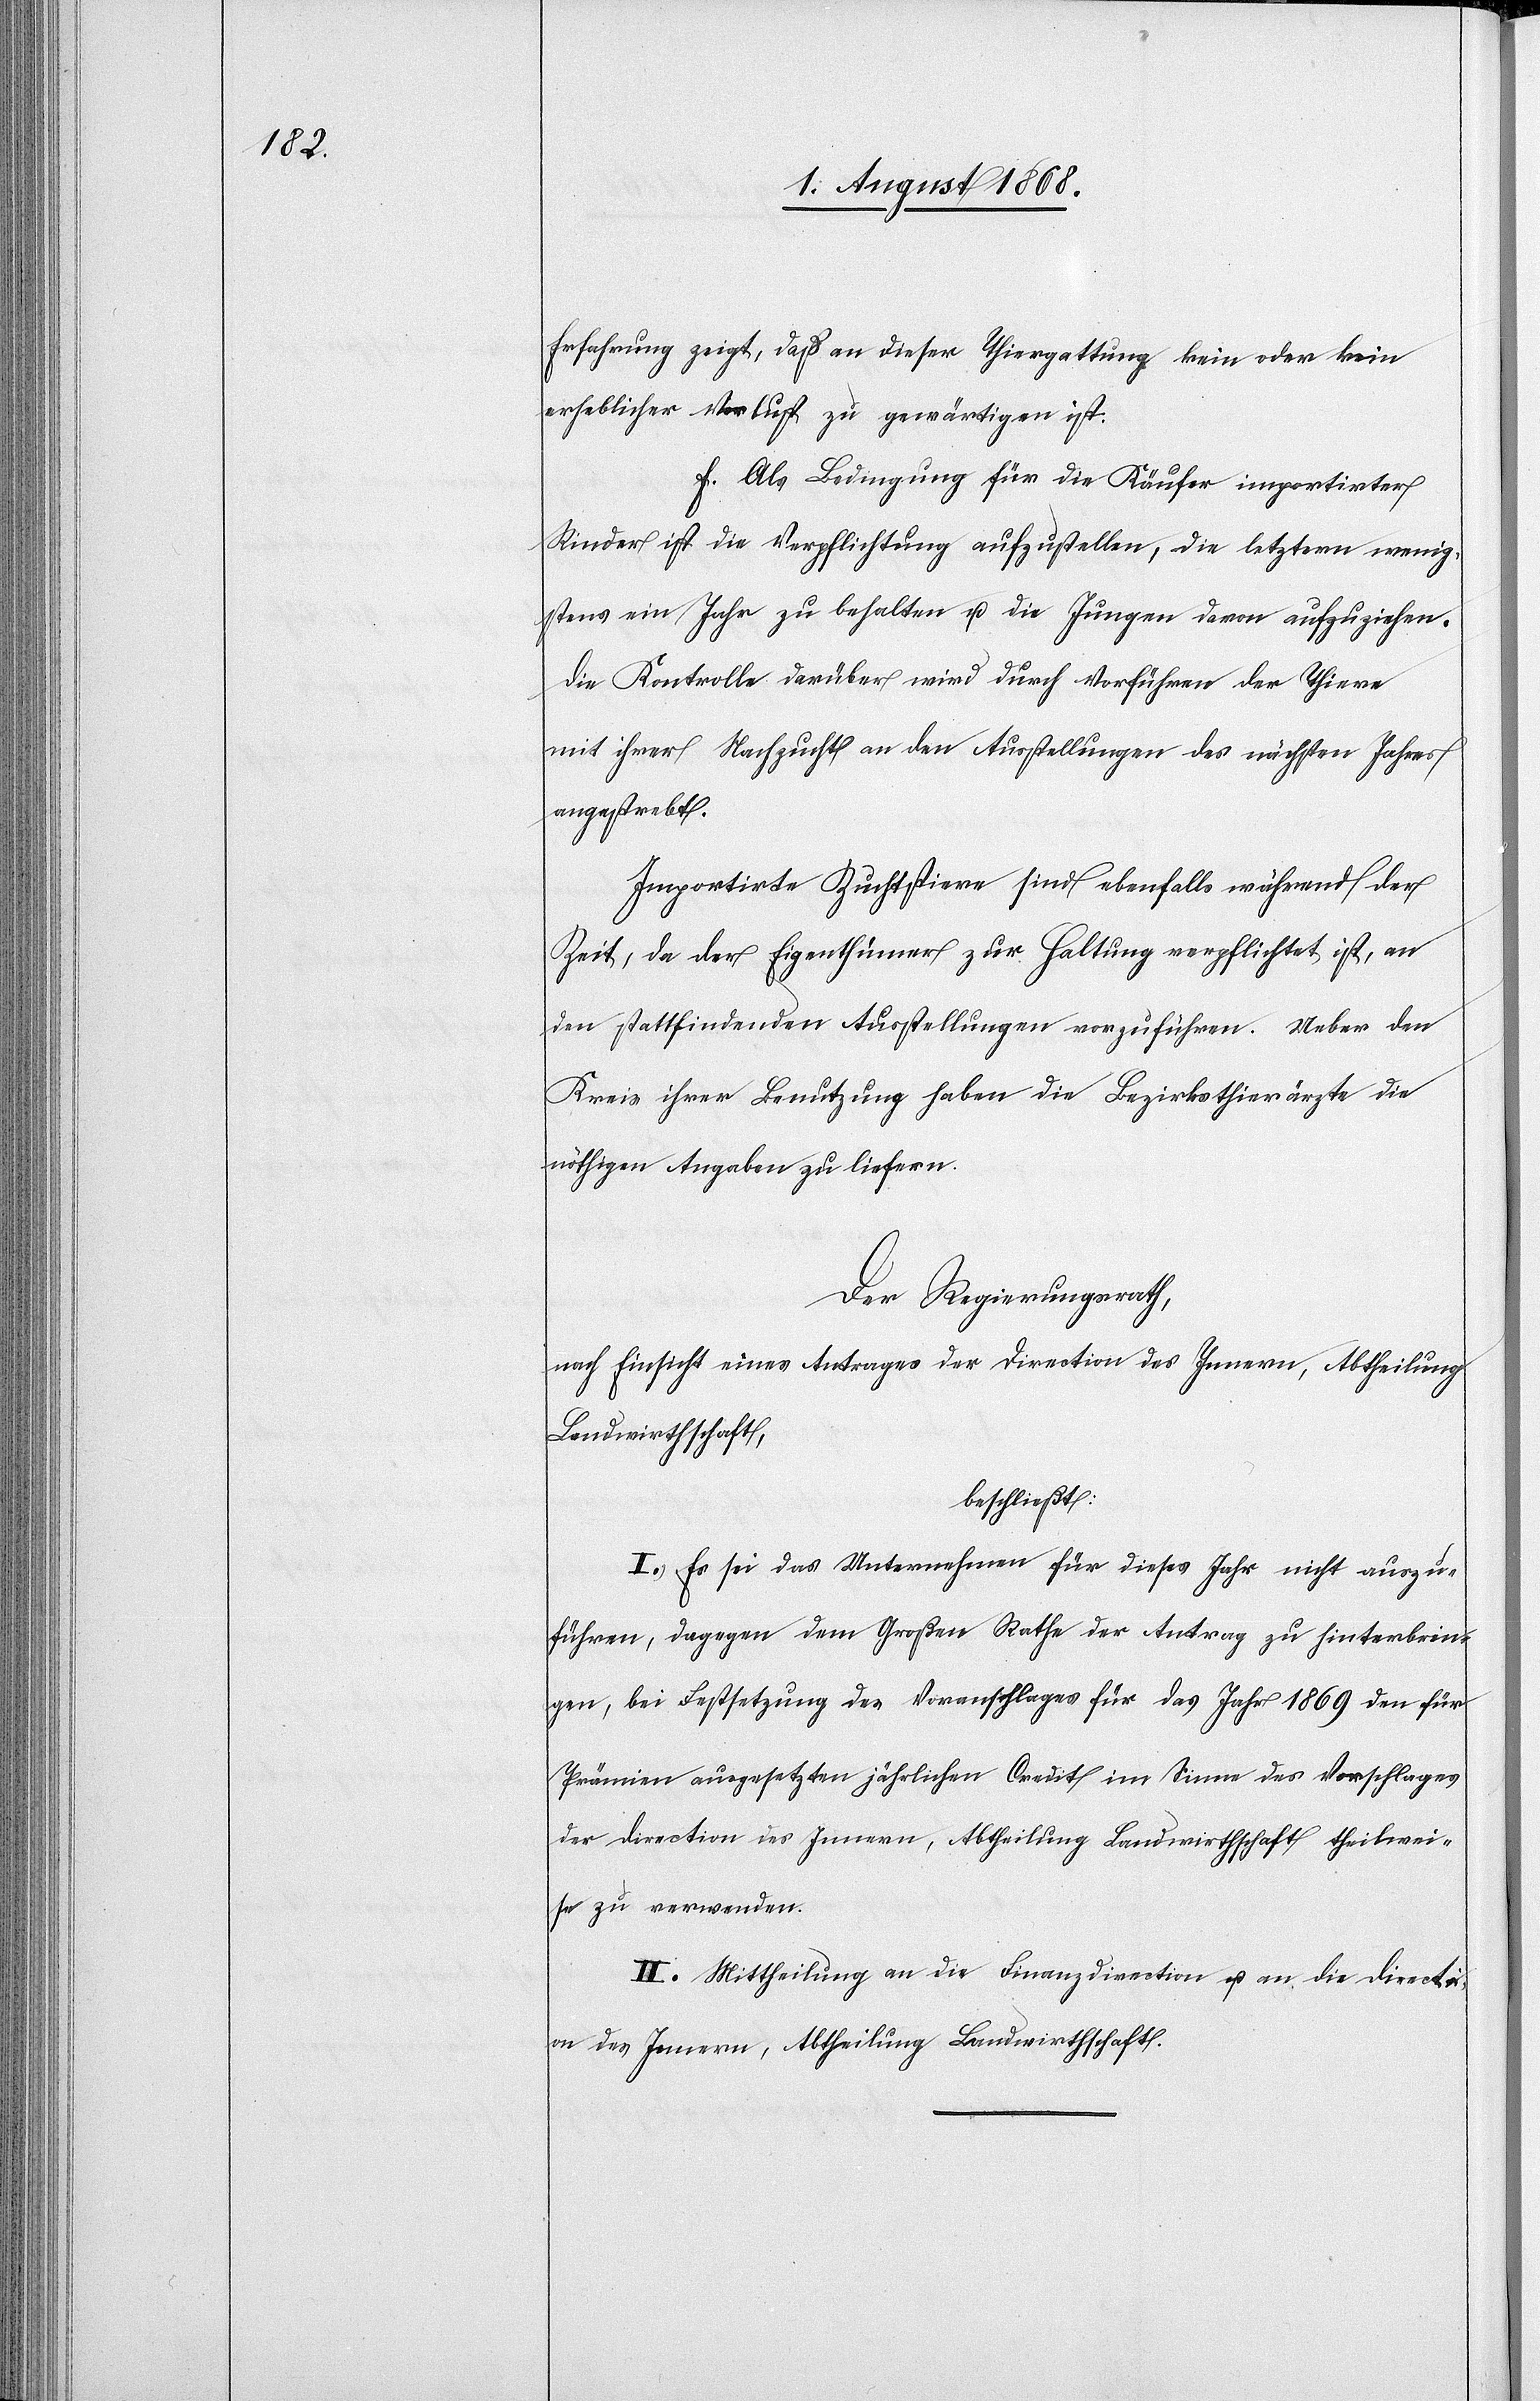
Erfahrung zeigt, daß an dieser Thiergattung kein oder kein
erheblicher Verlust zu gewärtigen ist.
f.) Als Bedingung für die Käufer importirter
Rinder ist die Verpflichtung aufzustellen, die letztern wenig¬
stens ein Jahr zu behalten u. die Jungen davon aufzuziehen.
Die Kontrolle darüber wird durch Vorführen der Thiere
mit ihrer Nachzucht an den Ausstellungen des nächsten Jahres
angestrebt.
Importirte Zuchtstiere sind ebenfalls während der
Zeit, da der Eigenthümer zur Haltung verpflichtet ist, an
den stattfindenden Ausstellungen vorzuführen. Ueber den
Kreis ihrer Benutzung haben die Bezirksthierärzte die
nöthigen Angaben zu liefern.
Der Regierungsrath,
nach Einsicht eines Antrages der Direction des Innern, Abtheilung
Landwirthschaft,
beschließt:
I. Es sei das Unternehmen für dieses Jahr nicht auszu¬
führen, dagegen dem Großen Rathe der Antrag zu hinterbrin¬
gen, bei Festsetzung des Voranschlages für das Jahr 1869 den für
Prämien ausgesetzten jährlichen Credit im Sinne des Vorschlages
der Direction des Innern, Abtheilung Landwirthschaft theilwei¬
se zu verwenden.
II. Mittheilung an die Finanzdirection u. an die Directi¬
on des Innern, Abtheilung Landwirthschaft.